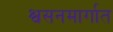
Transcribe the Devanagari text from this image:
श्वसनमार्गात